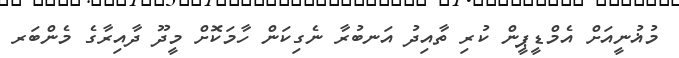
މުޣުނީއަށްް އެމްޑީޕީން ކުރި ތާއިދު އަނބުރާ ނެގިކަން ހާމަކޮށް މީދޫ ދާއިރާގެ މެންބަރ